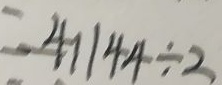
= 4 1 1 4 4 \div 2